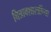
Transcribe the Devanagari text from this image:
चित्रावशास्त्रींच्या